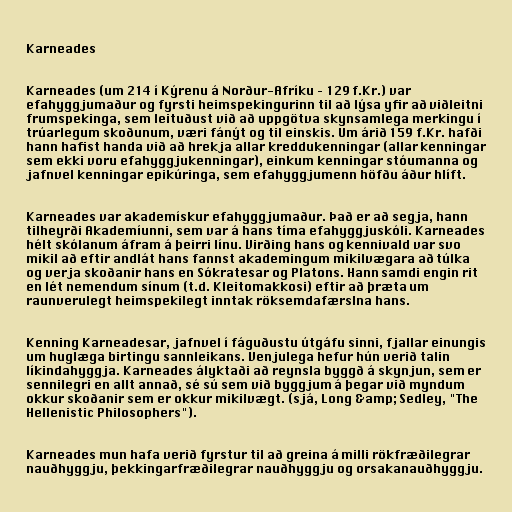
Karneades

Karneades (um 214 í Kýrenu á Norður-Afríku – 129 f.Kr.) var
efahyggjumaður og fyrsti heimspekingurinn til að lýsa yfir að viðleitni
frumspekinga, sem leituðust við að uppgötva skynsamlega merkingu í
trúarlegum skoðunum, væri fánýt og til einskis. Um árið 159 f.Kr. hafði
hann hafist handa við að hrekja allar kreddukenningar (allar kenningar
sem ekki voru efahyggjukenningar), einkum kenningar stóumanna og
jafnvel kenningar epikúringa, sem efahyggjumenn höfðu áður hlíft.

Karneades var akademískur efahyggjumaður. Það er að segja, hann
tilheyrði Akademíunni, sem var á hans tíma efahyggjuskóli. Karneades
hélt skólanum áfram á þeirri línu. Virðing hans og kennivald var svo
mikil að eftir andlát hans fannst akademingum mikilvægara að túlka
og verja skoðanir hans en Sókratesar og Platons. Hann samdi engin rit
en lét nemendum sínum (t.d. Kleitomakkosi) eftir að þræta um
raunverulegt heimspekilegt inntak röksemdafærslna hans.

Kenning Karneadesar, jafnvel í fáguðustu útgáfu sinni, fjallar einungis
um huglæga birtingu sannleikans. Venjulega hefur hún verið talin
líkindahyggja. Karneades ályktaði að reynsla byggð á skynjun, sem er
sennilegri en allt annað, sé sú sem við byggjum á þegar við myndum
okkur skoðanir sem er okkur mikilvægt. (sjá, Long &amp; Sedley, "The
Hellenistic Philosophers").

Karneades mun hafa verið fyrstur til að greina á milli rökfræðilegrar
nauðhyggju, þekkingarfræðilegrar nauðhyggju og orsakanauðhyggju.